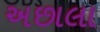
અછાલા